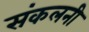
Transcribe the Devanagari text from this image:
संकलनी